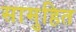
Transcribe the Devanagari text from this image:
सामुहित